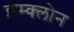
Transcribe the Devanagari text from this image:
इम्‍क्‍लोन